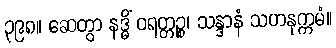
၃၉၈။ ဆေတွာ နဒ္ဓိံ ဝရတ္တဉ္စ၊ သန္ဒာနံ သဟနုက္ကမံ။